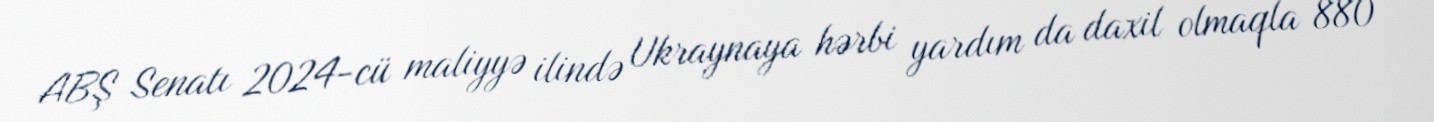
ABŞ Senatı 2024-cü maliyyə ilində Ukraynaya hərbi yardım da daxil olmaqla 880